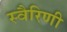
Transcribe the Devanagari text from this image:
स्वैरिणी